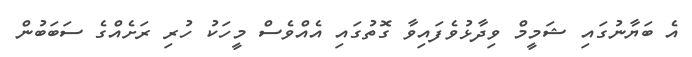
އެ ބަޔާނުގައި ޝަމީމް ވިދާޅުވެފައިވާ ގޮތުގައި އެއްވެސް މީހަކު ހުރި ރަށެއްގެ ސަބަބުން